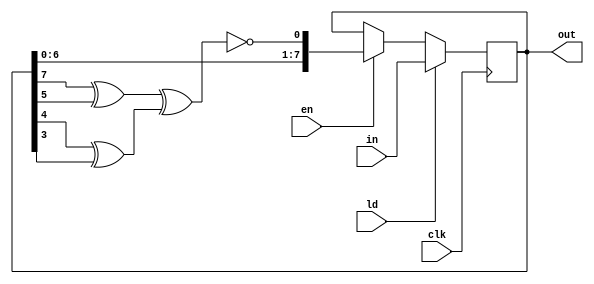

module lfsr8(
	input clk,
	
	input en,
	input ld,
	input [7:0] in,
	output reg [7:0] out);
	
	wire lfsr_d;
	
	assign lfsr_d = ~((out[7] ^ out[5]) ^ (out[4] ^ out[3]));
	
	always @(posedge clk) begin
		out <= ld ? in :
				en ? {out[6:0], lfsr_d} :
				out;
	end
endmodule